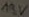
Text: 19V